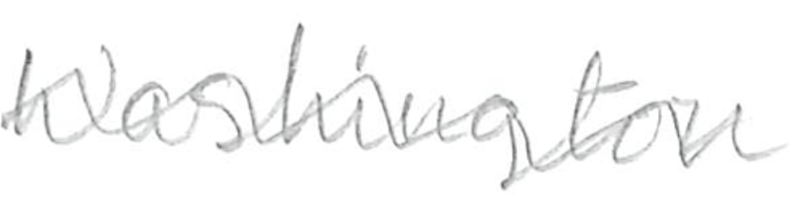
Text: Washington
Cross-out: wave
Writing tool: pencil